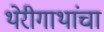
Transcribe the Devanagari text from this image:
थेरीगाथांचा